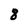
Character: 8